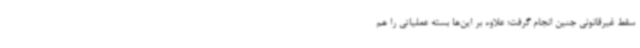
سقط غیرقانونی جنین انجام گرفت؛ علاوه بر این‌ها بسته عملیاتی را هم